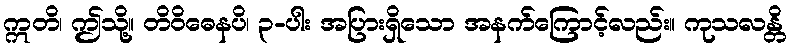
ဣတိ၊ ဤသို့။ တိဝိဓေနပိ၊ ၃-ပါး အပြားရှိသော အနက်ကြောင့်လည်း။ ကုသလန္တိ